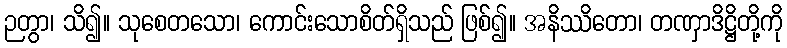
ဉတွာ၊ သိ၍။ သုစေတသော၊ ကောင်းသောစိတ်ရှိသည် ဖြစ်၍။ အနိဿိတော၊ တဏှာဒိဋ္ဌိတို့ကို